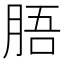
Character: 䏸